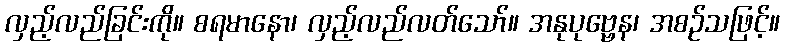
လှည့်လည်ခြင်းကို။ စရမာနော၊ လှည့်လည်လတ်သော်။ အနုပုဗ္ဗေန၊ အစဉ်သဖြင့်။